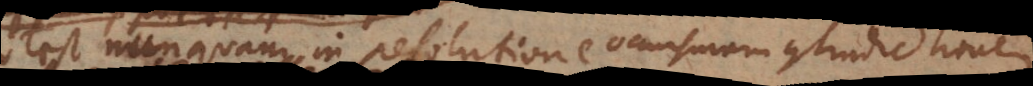
potest nunquam in resolutione occursuram contradictionem.